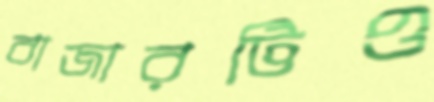
বাজারটিও